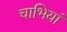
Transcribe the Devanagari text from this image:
चाभियां